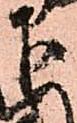
下